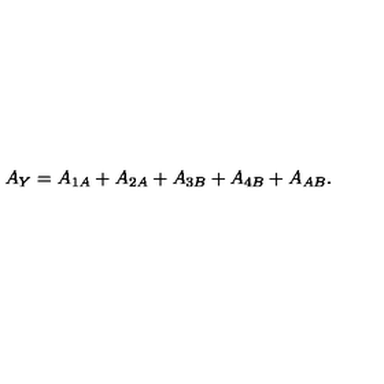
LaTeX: A _ { Y } = A _ { 1 A } + A _ { 2 A } + A _ { 3 B } + A _ { 4 B } + A _ { A B } .